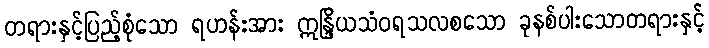
တရားနှင့်ပြည့်စုံသော ရဟန်းအား ဣန္ဒြိယသံဝရသလစသော ခုနစ်ပါးသောတရားနှင့်